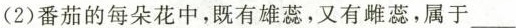
(2)番茄的每朵花中，既有雄蕊，又有雌蕊，属于___